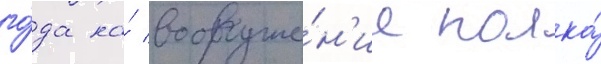
го́да на́ вооруже́н'ие полка́